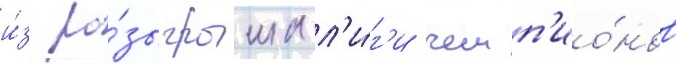
и́з ро́зыгрыша л'и́г'и чемп'ио́нов